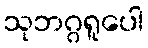
သုဘဂ္ဂရူပေါ